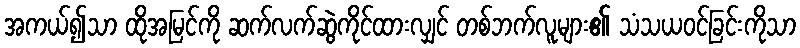
အကယ်၍သာ ထိုအမြင်ကို ဆက်လက်ဆွဲကိုင်ထားလျှင် တစ်ဘက်လူများ၏ သံသယဝင်ခြင်းကိုသာ